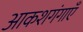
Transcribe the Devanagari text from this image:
आकशगंगाएँ